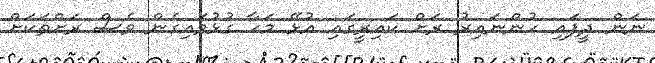
ނަން ދީފައި ހުންނައިރު ރަށް ކައިރީގައި އުޅޭ މަހާ ގުޅުވައިގެން ވެސް ރަށްތަކަށް